King Institute of Preventive Medicine Micro-Biological Section reports 1912-19
Year: 1912
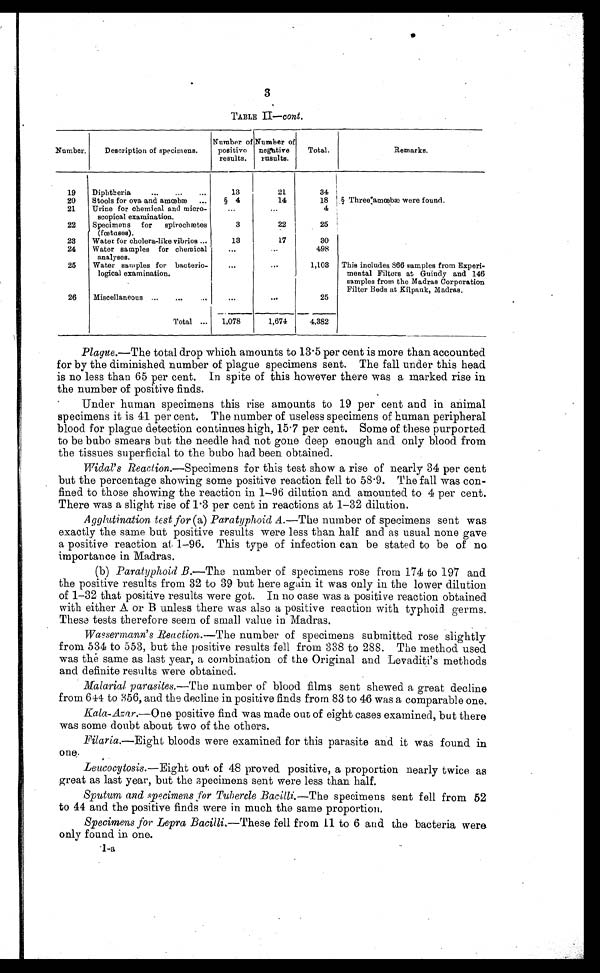
3
TABLE II— cont .
Number.
Description of specimens.
Number of
positive
results.
Number of
negative
results.
Total.
Remarks.
19
Diphtheria . . .
13
21
34
20
Stools for ova and amœbæ . . .
§ 4
14
18
Three:amœbæ were found.
21
Urine for chemical and micro-
scopical examination.
. . .
. . .
4
22
Specimens for
spirochætes
(fœtuses).
3
22
25
23
Water for cholera-like vibrios ...
13
17
30
24
Water samples for chemical
analyses.
. . .
. . .
498
25
Water samples for bacterio-
logical examination.
. . .
. . .
1,103 This includes 866 samples from Experi-
mental Filters at Guindy and 146
samples from the Madras Corporation
Filter Beds at Kilpauk, Madras.
26
Miscellaneous . . .
. . .
. . .
25
Total
. . . 1,078
1,674
4,382
Plague.—The total drop which amounts to 13.5 percent is more than accounted
for by the diminished number of plague specimens sent. The fall under this head
is no less than 65 per cent. In spite of this however there was a marked rise in
the number of positive finds.
Under human specimens this rise amounts to 19 per cent and in animal
specimens it is 41 per cent. The number of useless specimens of human peripheral
blood for plague detection continues high, 15.7 per cent. Some of these purported
to be bubo smears but the needle had not gone deep enough and only blood from
the tissues superficial to the bubo had been obtained.
Widal's Reaction.—Specimens for this test show a rise of nearly 34 per cent
but the percentage showing some positive reaction fell to 58.9. The fall was con--
fined to those showing the reaction in 1-96 dilution and amounted to 4 per cent.
There was a slight rise of 1.3 per cent in reactions at 1-32 dilution.
Agglutination test for (a) Paratyphoid A. —The number of specimens sent was
exactly the same but positive results were less than half and as usual none gave
a positive reaction at 1-96. This type of infection can be stated to be of no
importance in Madras.
(b) Paratyphoid B. —The number of specimens rose from 174 to 197 and
the positive results from 32 to 39 but here again it was only in the lower dilution
of 1-32 that positive results were got. In no case was a positive reaction obtained
with either A or B unless there was also a positive reaction with typhoid germs.
These tests therefore seem of small value in Madras.
Wassermann's Reaction.— The number of specimens submitted rose slightly
from 534 to 553, but the positive results fell from 338 to 288. The method used
was thé same as last year, a combination of the Original and Levaditi's methods
and definite results were obtained.
Malarial parasites.— The number of blood films sent shewed a great decline
from 644 to 356, and the decline in positive finds from 83 to 46 was a comparable one.
Kala-Azar .—One positive find was made out of eight cases examined, but there
was some doubt about two of the others.
Filaria .—Eight bloods were examined for this parasite and it was found in
one.
Leucocytosis.— Eight out of 48 proved positive, a proportion nearly twice as
great as last year, but the specimens sent were less than half.
Sput um and speci mens f or Tuber cl e Baci l l i . —T h e
s p e c i m e n s s e n t f e l l f r o m 5 2
to 44 and the positive finds were in much the same proportion.
Specimens for Lepra Bacilli. —These fell from 11 to 6 and the bacteria were
only found in one.
1-a